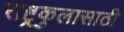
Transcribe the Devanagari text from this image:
राष्ट्रकुलासाठी